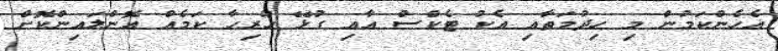
އެހެންކަމުން މި ހިދުމަތާއި އެކު ޓެކްސް އާއި ގުޅޭ ހުރިހާ ކަމެއް އޮންލައިންކޮށް